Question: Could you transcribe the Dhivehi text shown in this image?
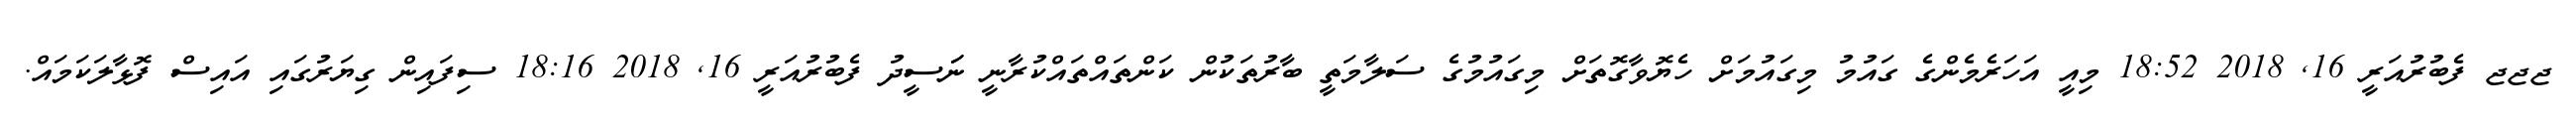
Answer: ޖޖޖ ފެބުރުއަރީ 16, 2018 18:52 މިއީ އަހަރެމެންގެ ގައުމު މިގައުމަށް ހެޔޮވާގޮތަށް މިގައުމުގެ ސަލާމަތީ ބާރުތަކުން ކަންތައްތައްކުރާނީ ނަަސީދު ފެބުރުއަރީ 16, 2018 18:16 ސިފައިން ގިޔަރުގައި އައިސް ފޮޅާލަކަމައް.